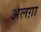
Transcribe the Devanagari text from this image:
अलग़ा